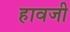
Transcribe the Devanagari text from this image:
हावजी